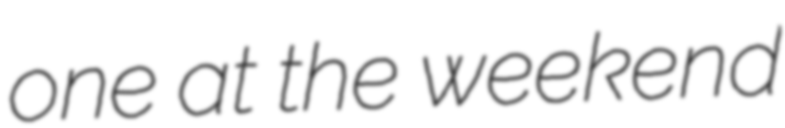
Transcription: one at the weekend